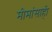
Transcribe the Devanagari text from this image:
मीमांसाही